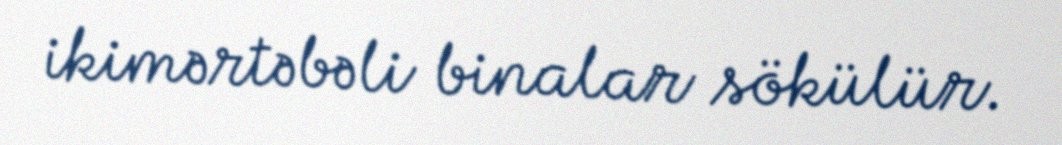
ikimərtəbəli binalar sökülür.